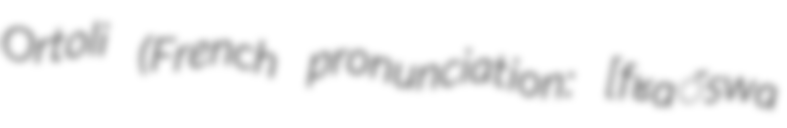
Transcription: Ortoli (French pronunciation: ​[fʁɑ̃swa